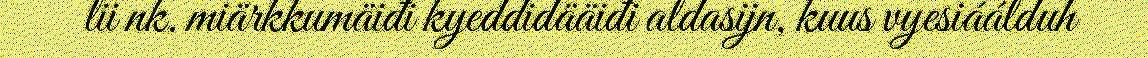
lii nk. miärkkumäiđi kyeddidääiđi aldasijn, kuus vyesiáálduh